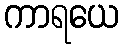
ကာရယေ